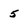
Character: 5